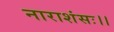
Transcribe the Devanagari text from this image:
नाराशंसः।।